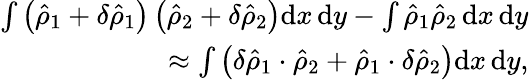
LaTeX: \begin{array}{r}{\int\left(\hat{\rho}_{1}+\delta\hat{\rho}_{1}\right)\left(\hat{\rho}_{2}+\delta\hat{\rho}_{2}\right)\mathrm{d}x\, \mathrm{d}y-\int\hat{\rho}_{1}\hat{\rho}_{2}\, \mathrm{d}x\, \mathrm{d}y}\\ {\approx\int\left(\delta\hat{\rho}_{1}\cdot\hat{\rho}_{2}+\hat{\rho}_{1}\cdot\delta\hat{\rho}_{2}\right)\mathrm{d}x\, \mathrm{d}y,}\end{array}